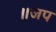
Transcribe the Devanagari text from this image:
॥जप